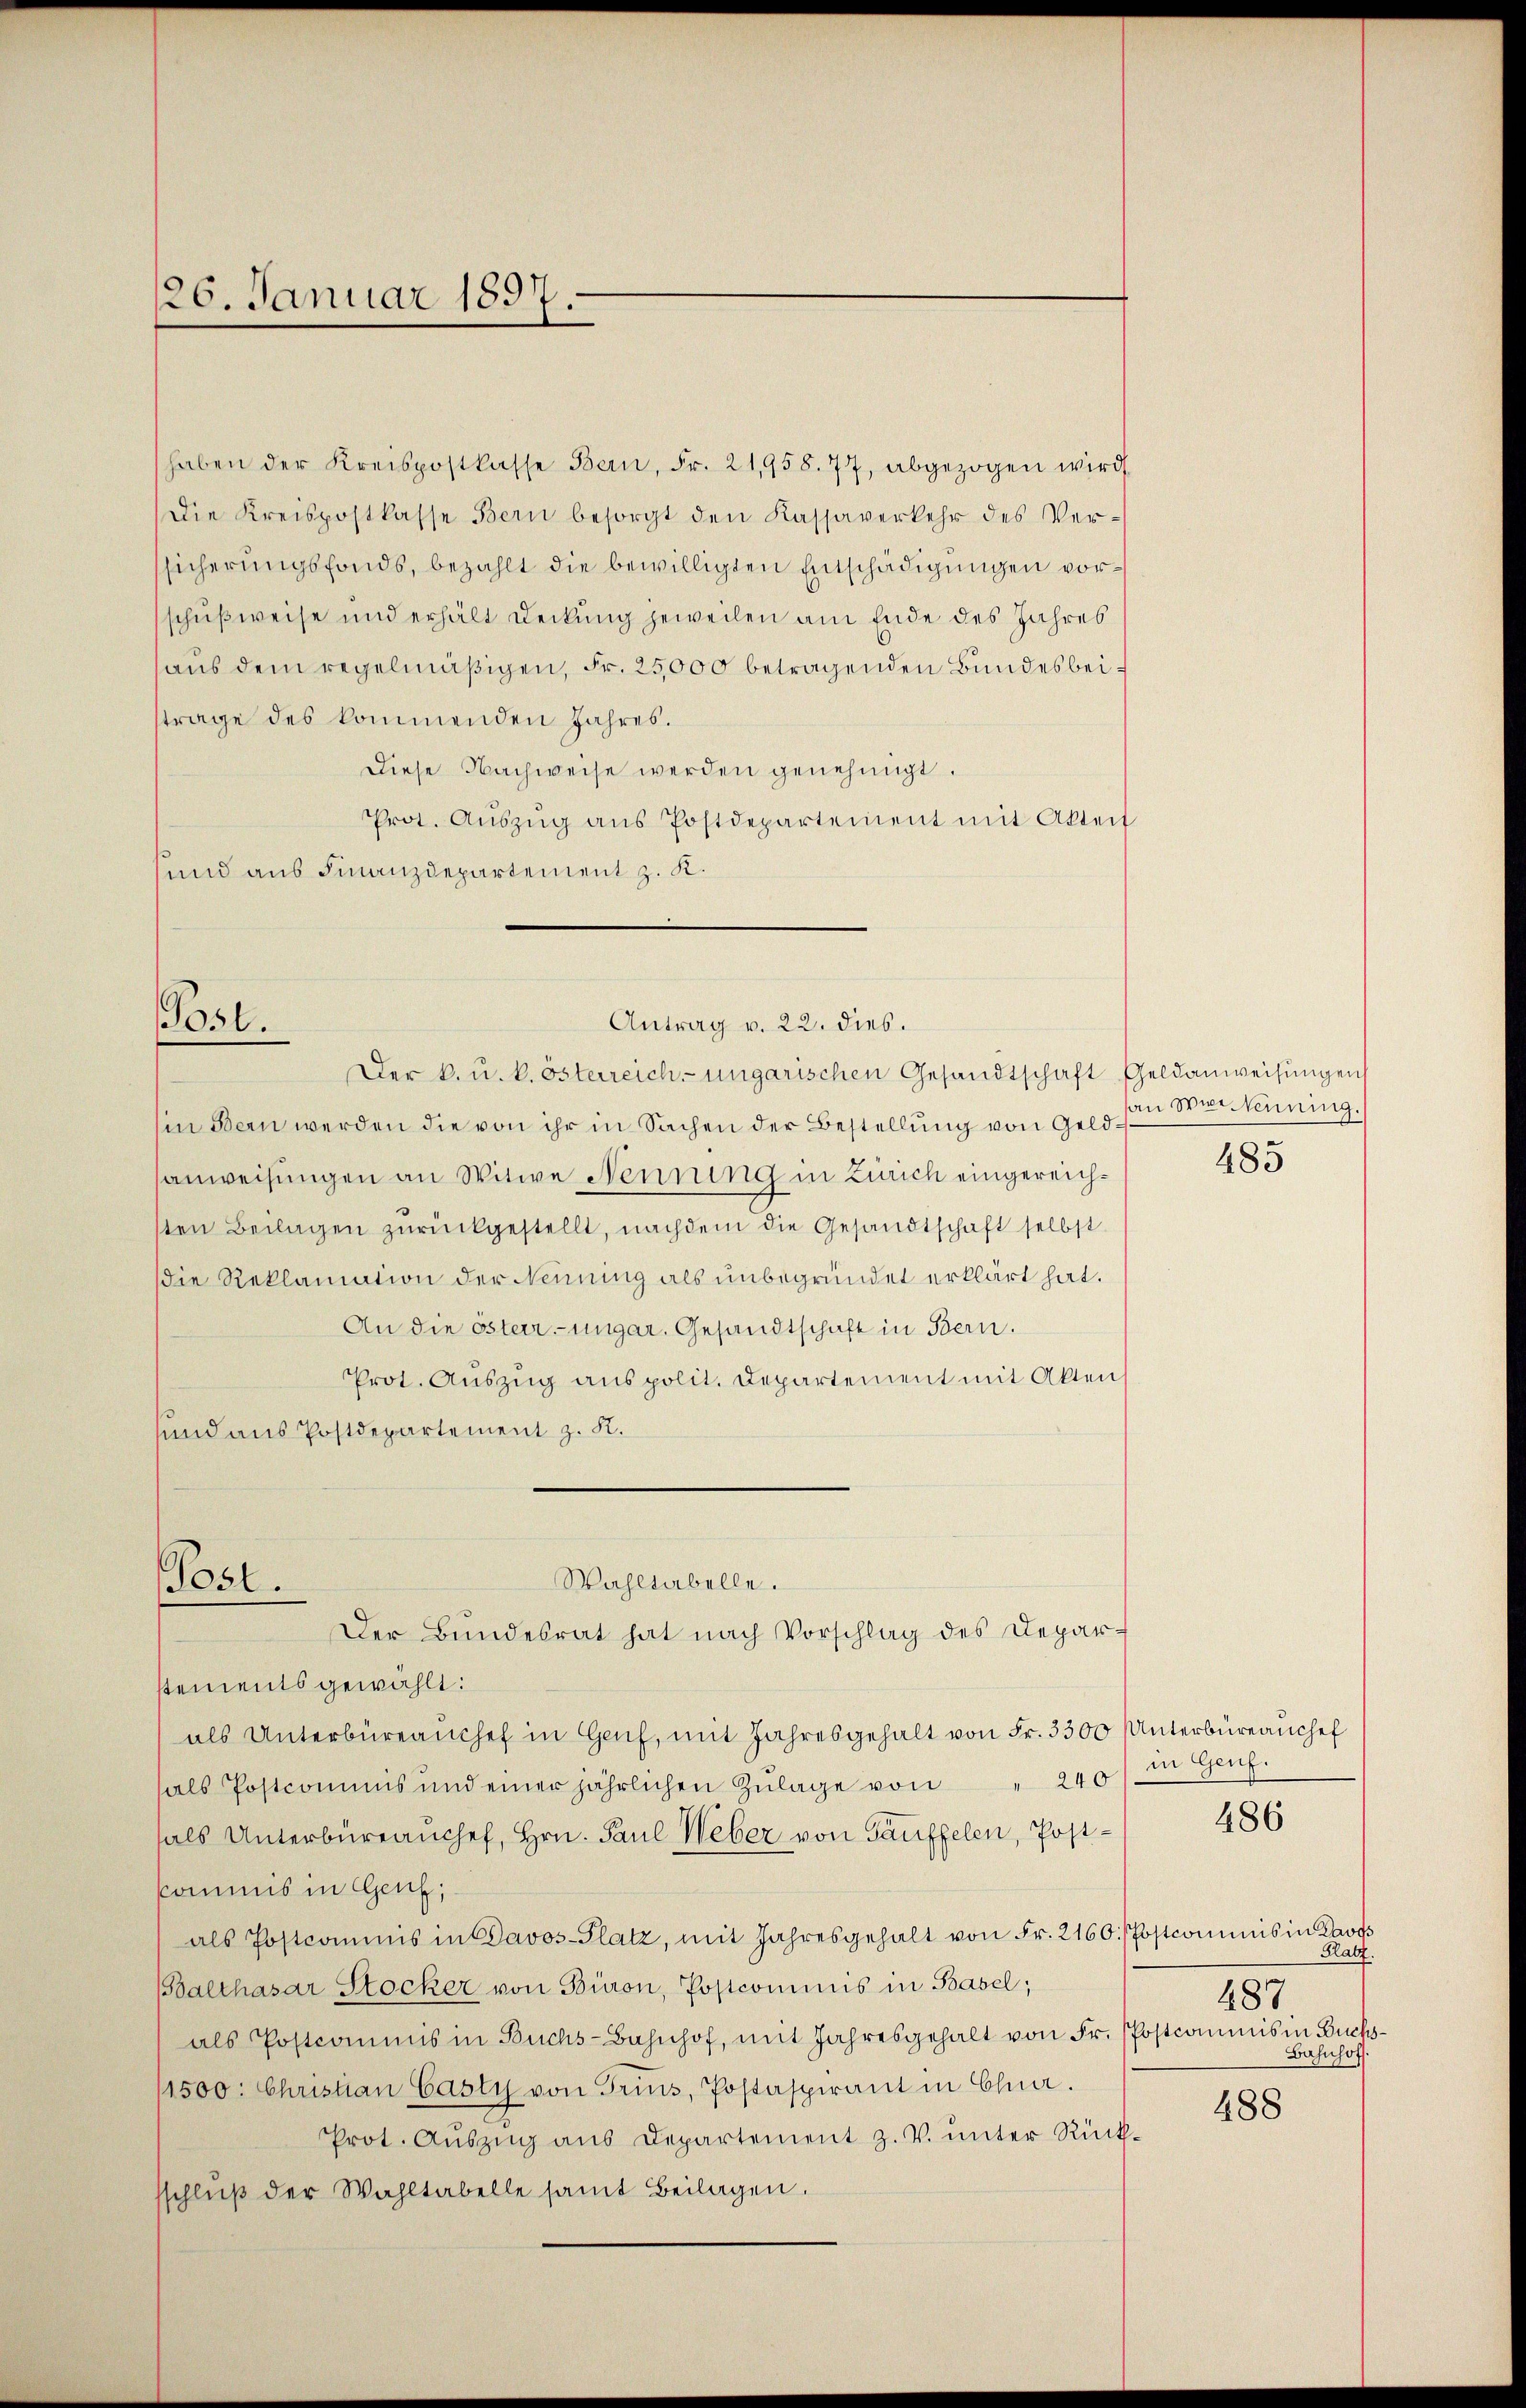
126. Januar 1897.

(Post.

haben der Kreispostkasse Bern, Fr. 21,958. 77, abgezogen wird
Die Kreispostkasse Bern besorgt den Kassaverkehr des Versicherungsfonds, bezahlt die bewilligten Entschädigungen vorschußweise und erhält Deckung jeweilen am Ende des Jahres
aus dem regelmäßigen, Fr. 25,000 betragenden Bundes bei s
trage des kommenden Jahres.
Diese Nachweise werden genehmigt.
Prot. Aŭszŭg aŭs Postdepartement mit Akteil
und aus Finanzdepartement z. K.
(in Bern werden die von ihr in Sachen der Bestellung von Geldanweisungen an Witwe Nenning in Zürich eingereichsten Beilagen zŭrückgestellt, nachdem die Gesandtschaft selbst
die Reklamation der Nenning als unbegründet erklärt hat.
An die österr.-ungar. Gesandtschaft in Bern.
Prot. Auszug aus polit. Departement mit Akten,
sund aus Postdepartement z. K.
Wahltabelle.
Post.
Der Bundesrat hat nach Vorschlag des Deparstements gewählt:
als Unterbüreaŭchef in Genf, mit Jahresgehalt von Fr. 3300 Unterbüreaŭchef
als Postcommis und einer jährlichen Zŭlage von " 240
hals Unterbüreaŭchef, Hrn. Paul Weber von Gauffelen, Postkommis in Genf,
als Postcommis in Davos-Platz, mit Jahresgehalt von Fr. 2160 [Postcommis in Raves
Balthasar Stocker von Büron, Postcommis in Basel;
als Postcomuns in Buchs-Bahnhof, mit Jahresgehalt von Fr. Postcommis in Buchs¬
1500. Christian Casty von Trius, Postaspirant in Cha.
Prot. Auszug aus Departement z. V. unter Rücksschlŭβ der Wahltabelle samt Beilagen.

Antrag v. 22. dies.

Der k. u. k. österreich ungarischen Gesandtschaft Geldanweisungen

an die Nenning.

485

in Genf.

486

Platz.
487
Bahnhof

488